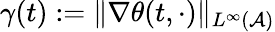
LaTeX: \gamma(t):=\| \nabla\theta(t,\cdot)\| _{L^{\infty}(\mathcal{A})}